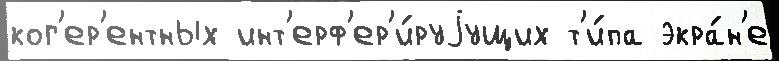
ког'ер'ентных инт'ерф'ер'и́руjущих т'и́па экра́н'е